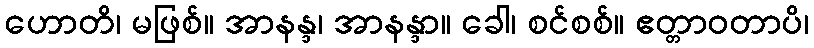
ဟောတိ၊ မဖြစ်။ အာနန္ဒ၊ အာနန္ဒာ။ ခေါ၊ စင်စစ်။ ဧတ္တာဝတာပိ၊